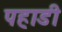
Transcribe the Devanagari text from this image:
पहाडी